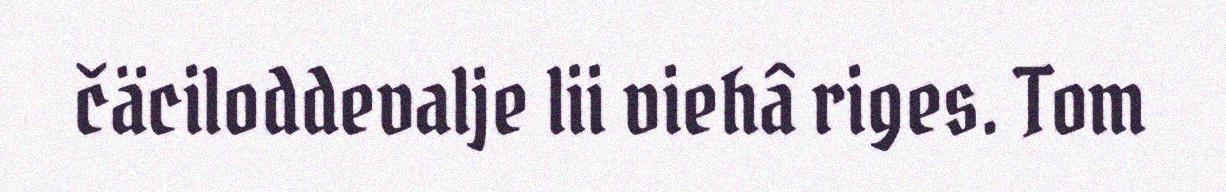
čäciloddevalje lii viehâ riges. Tom